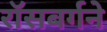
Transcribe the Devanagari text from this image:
रॉसबर्गने